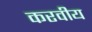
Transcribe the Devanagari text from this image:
करवीय